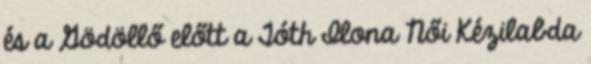
és a Gödöllő előtt a Tóth Ilona Női Kézilabda